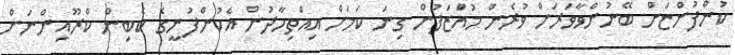
ކުންފުންޏަށް ބޭނުންވާވަރަށް ވުރެން މުއަަްޒަފުން ގިނަ ކަމަށް އިއްތިހާދުން އެކުންފުނީގެ ކެބިން ކްރޫއިންނަށް